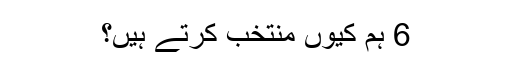
6 ہم کیوں منتخب کرتے ہیں؟